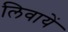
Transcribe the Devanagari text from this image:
लिवायें